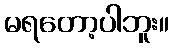
မရတော့ပါဘူး။